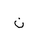
Letter: _non